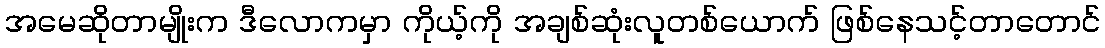
အမေဆိုတာမျိုးက ဒီလောကမှာ ကိုယ့်ကို အချစ်ဆုံးလူတစ်ယောက် ဖြစ်နေသင့်တာတောင်